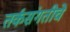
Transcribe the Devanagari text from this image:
तर्कसंगतीचे